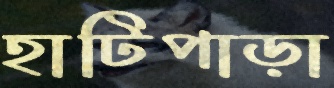
হাটিপাড়া